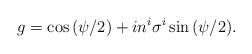
LaTeX: \begin{align*}g = \cos{(\psi/2)} + i n^i \sigma^i \sin{(\psi/2}).\end{align*}